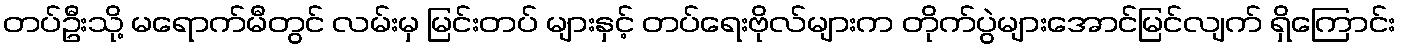
တပ်ဦးသို့ မရောက်မီတွင် လမ်းမှ မြင်းတပ် များနှင့် တပ်ရေးဗိုလ်များက တိုက်ပွဲများအောင်မြင်လျက် ရှိကြောင်း